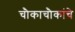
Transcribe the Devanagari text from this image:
चौकाचौकांचे